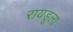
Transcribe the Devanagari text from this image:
रायडूला